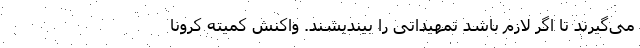
می‌گیرند تا اگر لازم باشد تمهیداتی را بیندیشند. واکنش کمیته کرونا